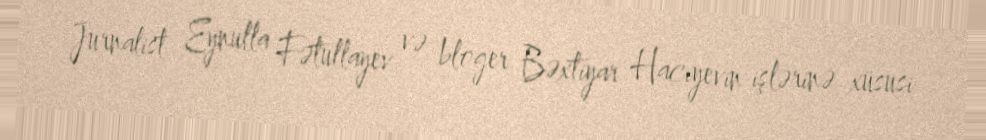
Jurnalist Eynulla Fətullayev və bloger Bəxtiyar Hacıyevin işlərinə xüsusi